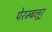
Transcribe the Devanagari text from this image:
पेरम्बलुर्